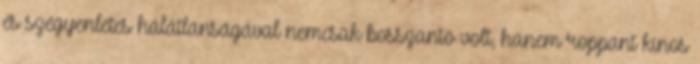
és szégyenletes hálátlanságával nemcsak bosszantó volt, hanem roppant kínos